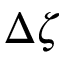
\Delta \zeta